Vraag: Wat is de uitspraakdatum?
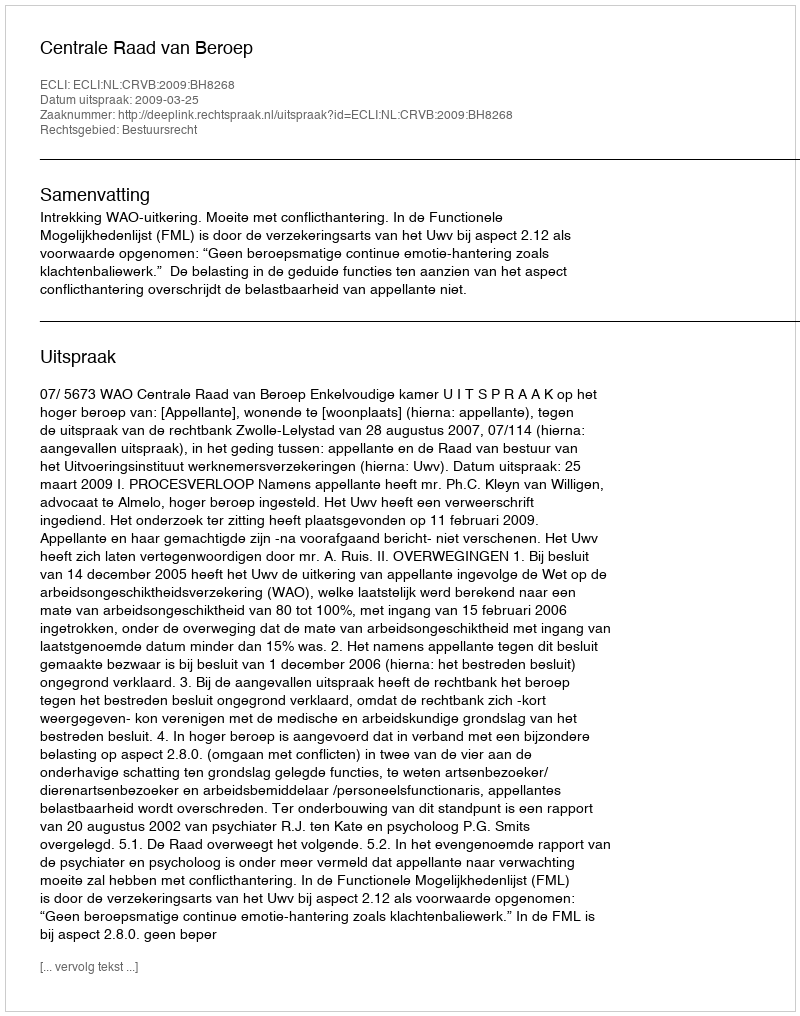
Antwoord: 2009-03-25